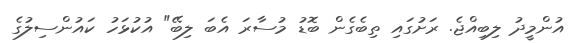
އުންމީދު ލިބިއްޖެ. ރަށުގައި ތިބެގެން ބޮޑު މުސާރަ އެބަ ލިބޭ" އުކުޅަހު ކައުންސިލުގެ